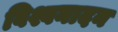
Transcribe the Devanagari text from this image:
विश्वनादन